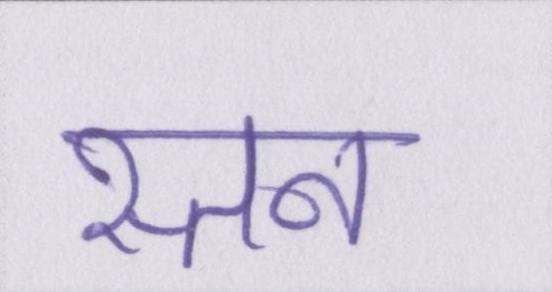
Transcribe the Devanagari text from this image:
स्तन